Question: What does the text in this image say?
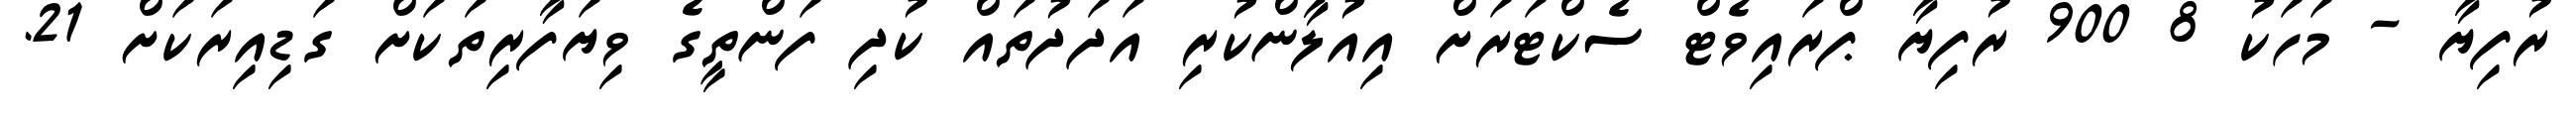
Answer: ރުފިޔާ - މަހަކު 8 900 ރުފިޔާ ޕްރައިވެޓް ސެކްޓަރަށް އިއުލާންކުރި އަދަދުތައް ކުދި ފަންތީގެ ވިޔަފާރިތަކަށް ގަޑިއިރަކަށް 21.